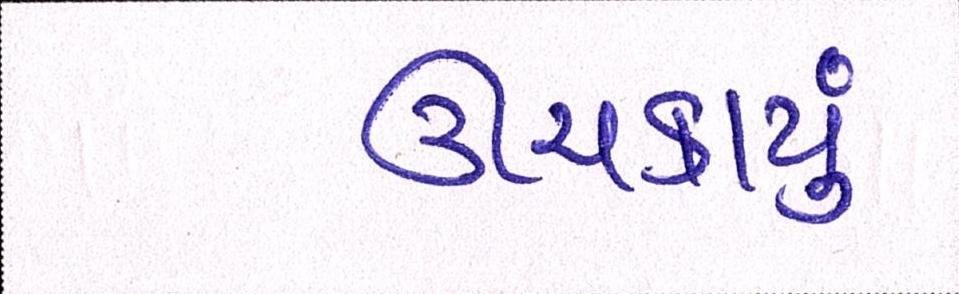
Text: ઊંચકાયું